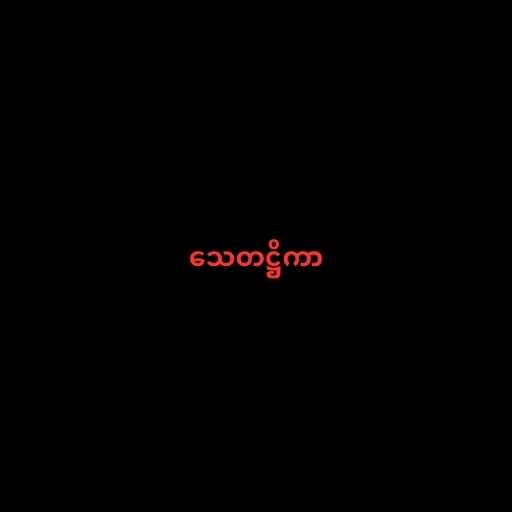
သေတဋ္ဌိကာ